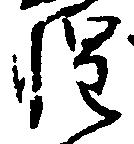
惶